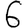
Digit: 6